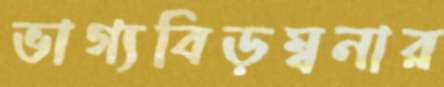
ভাগ্যবিড়ম্বনার